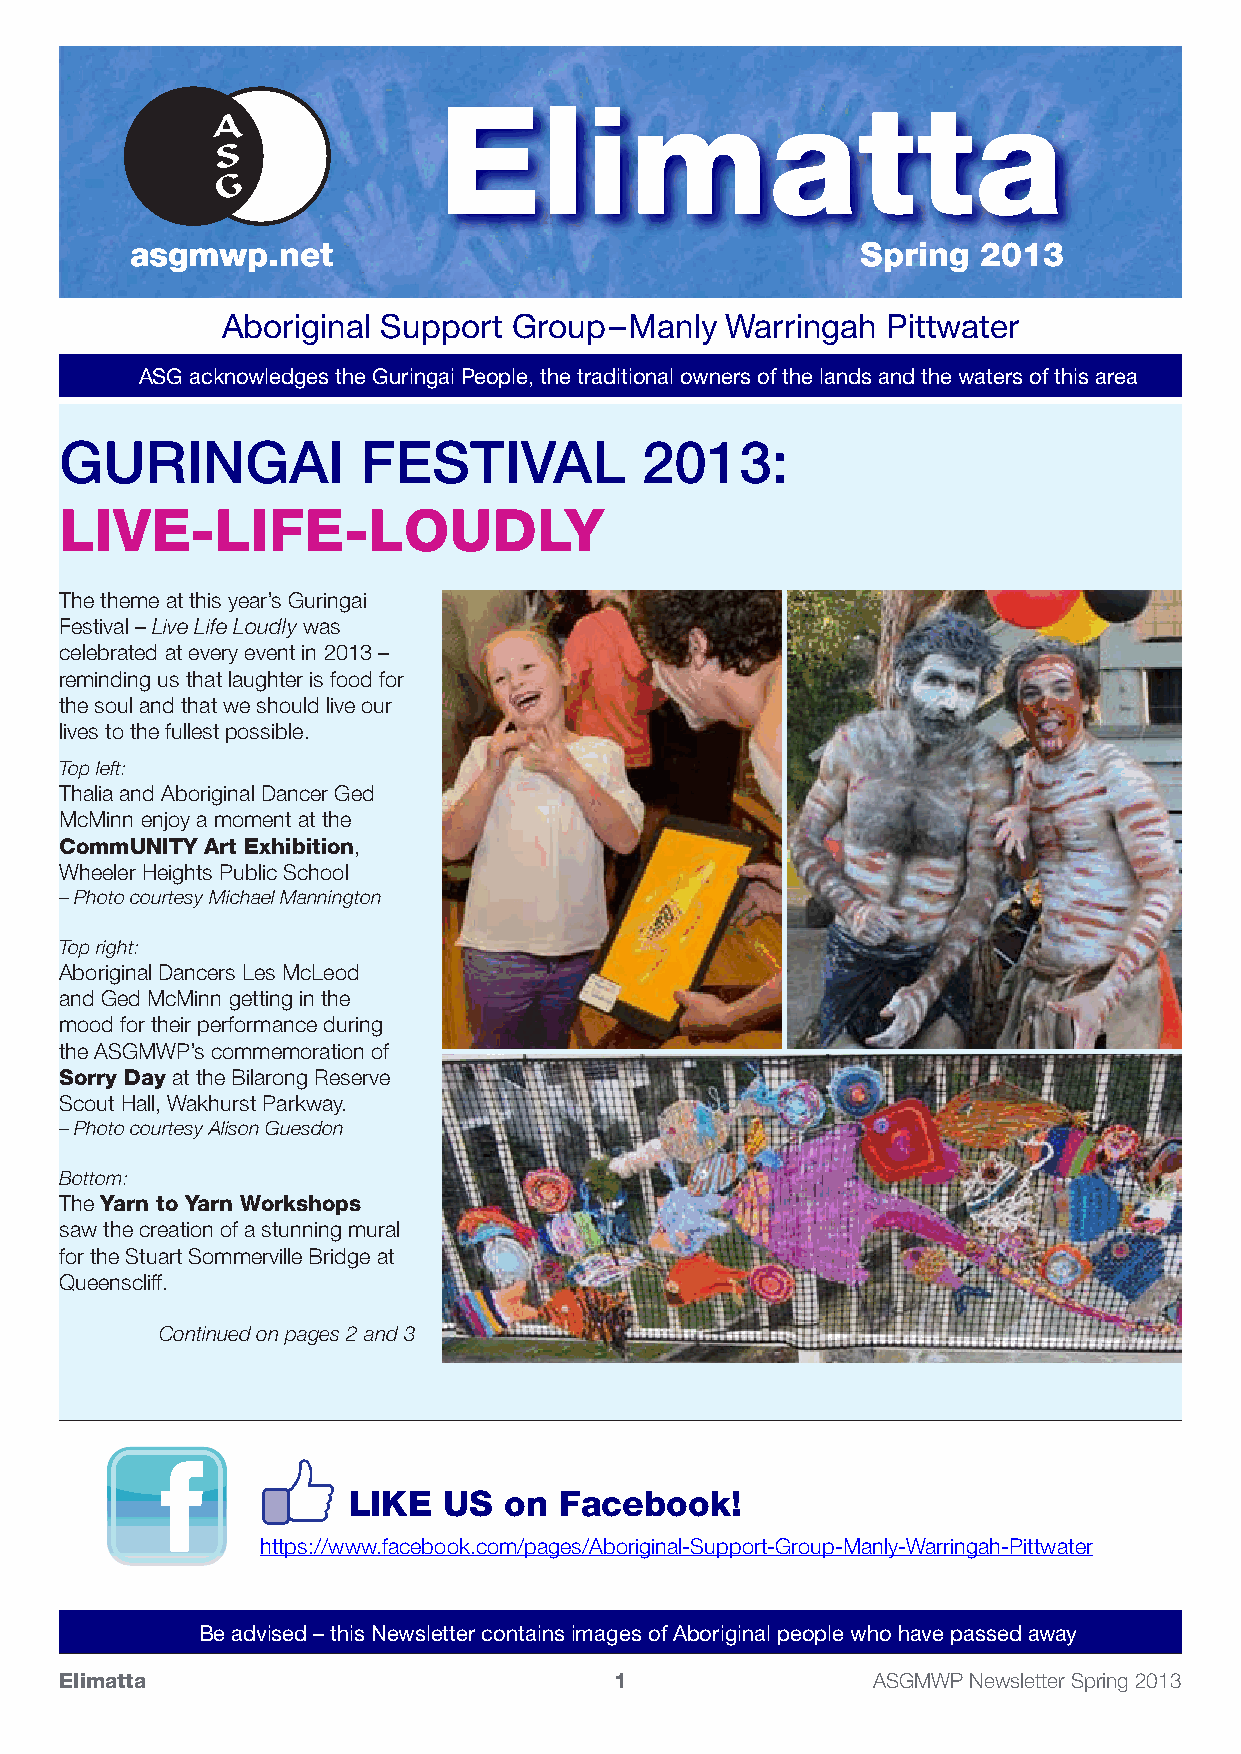
Elimatta
 asgmwp.net                                      Spring  2013
 Aboriginal Support Group – Manly Warringah  Pittwater
 ASG acknowledges the Guringai People, the traditional owners of the lands and the waters of this area
 GURINGAI            FESTIVAL          2013:
 LivE-LifE-LoudLy
 The theme at this year’s Guringai
 Festival – Live Life Loudly was
 celebrated at every event in 2013 –
 reminding us that laughter is food for
 the soul and that we should live our
 lives to the fullest possible.
 Top left:
 Thalia and Aboriginal Dancer Ged
 McMinn enjoy a moment at the
 CommuNiTy Art Exhibition,
 Wheeler Heights Public School
 – Photo courtesy Michael Mannington
 Top right:
 Aboriginal Dancers Les McLeod
 and Ged McMinn getting in the
 mood for their performance during
 the ASGMWP’s commemoration of
 Sorry day at the Bilarong Reserve
 Scout Hall, Wakhurst Parkway.
 – Photo courtesy Alison Guesdon
 Bottom:
 The yarn to yarn Workshops
 saw the creation of a stunning mural
 for the Stuart Sommerville Bridge at
 Queenscliff.
 Continued on pages 2 and 3
 LiKE  uS  on  facebook!
 https://www.facebook.com/pages/Aboriginal-Support-Group-Manly-Warringah-Pittwater
 Be advised – this Newsletter contains images of Aboriginal people who have passed away
 Elimatta                             1                ASGMWP Newsletter Spring 2013